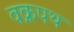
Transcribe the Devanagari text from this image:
वक्रपथ